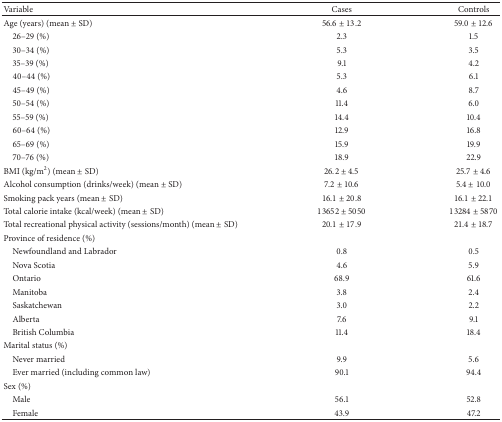
<table><thead><tr><td><b>Variable</b></td><td><b>Cases</b></td><td><b>Controls</b></td></tr></thead><tbody><tr><td>Age (years) (mean ± SD)</td><td>56.6 ± 13.2</td><td>59.0 ± 12.6</td></tr><tr><td> 26–29 (%)</td><td>2.3</td><td>1.5</td></tr><tr><td> 30–34 (%)</td><td>5.3</td><td>3.5</td></tr><tr><td> 35–39 (%)</td><td>9.1</td><td>4.2</td></tr><tr><td> 40–44 (%)</td><td>5.3</td><td>6.1</td></tr><tr><td> 45–49 (%)</td><td>4.6</td><td>8.7</td></tr><tr><td> 50–54 (%)</td><td>11.4</td><td>6.0</td></tr><tr><td> 55–59 (%)</td><td>14.4</td><td>10.4</td></tr><tr><td> 60–64 (%)</td><td>12.9</td><td>16.8</td></tr><tr><td> 65–69 (%)</td><td>15.9</td><td>19.9</td></tr><tr><td> 70–76 (%)</td><td>18.9</td><td>22.9</td></tr><tr><td>BMI (kg/m<sup>2</sup>) (mean ± SD)</td><td>26.2 ± 4.5</td><td>25.7 ± 4.6</td></tr><tr><td>Alcohol consumption (drinks/week) (mean ± SD)</td><td>7.2 ± 10.6</td><td>5.4 ± 10.0</td></tr><tr><td>Smoking pack years (mean ± SD)</td><td>16.1 ± 20.8</td><td>16.1 ± 22.1</td></tr><tr><td>Total calorie intake (kcal/week) (mean ± SD)</td><td>13652 ± 5050</td><td>13284 ± 5870</td></tr><tr><td>Total recreational physical activity (sessions/month) (mean ± SD)</td><td>20.1 ± 17.9</td><td>21.4 ± 18.7</td></tr><tr><td>Province of residence (%)</td><td> </td><td> </td></tr><tr><td> Newfoundland and Labrador</td><td>0.8</td><td>0.5</td></tr><tr><td> Nova Scotia</td><td>4.6</td><td>5.9</td></tr><tr><td> Ontario</td><td>68.9</td><td>61.6</td></tr><tr><td> Manitoba</td><td>3.8</td><td>2.4</td></tr><tr><td> Saskatchewan</td><td>3.0</td><td>2.2</td></tr><tr><td> Alberta</td><td>7.6</td><td>9.1</td></tr><tr><td> British Columbia</td><td>11.4</td><td>18.4</td></tr><tr><td>Marital status (%)</td><td> </td><td> </td></tr><tr><td> Never married</td><td>9.9</td><td>5.6</td></tr><tr><td> Ever married (including common law)</td><td>90.1</td><td>94.4</td></tr><tr><td>Sex (%)</td><td> </td><td> </td></tr><tr><td> Male</td><td>56.1</td><td>52.8</td></tr><tr><td> Female</td><td>43.9</td><td>47.2</td></tr></tbody></table>